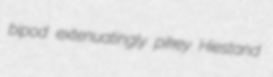
bipod extenuatingly pikey Hiestand